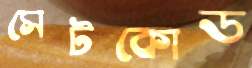
সেটকোড